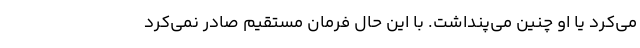
می‌کرد یا او چنین می‌پنداشت. با این حال فرمان مستقیم صادر نمی‌کرد